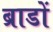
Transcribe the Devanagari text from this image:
ब्राडों